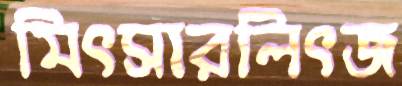
মিৎসারলিৎজ